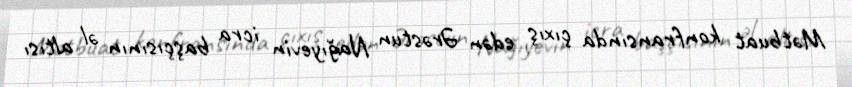
Mətbuat konfransında çıxış edən Ərəstun Nağıyevin icra başçısının əl altısı